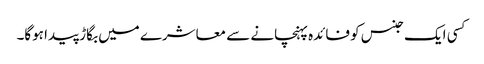
کسی ایک جنس کو فائدہ پہنچانے سے معاشرے میں بگاڑ پیدا ہوگا۔